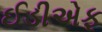
ઈડીએફ